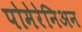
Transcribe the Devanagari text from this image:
पोमेरेनिअन